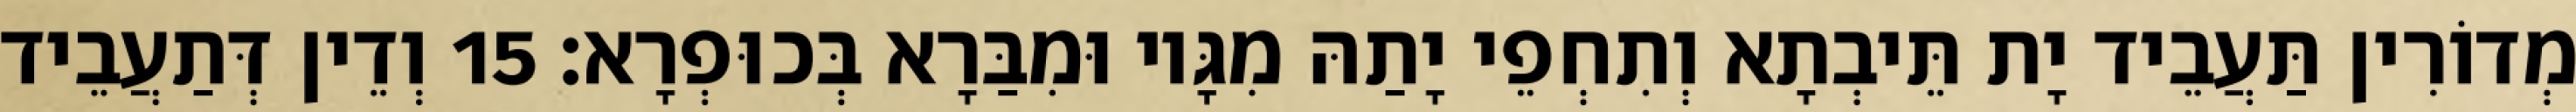
מְדוֹרִין תַּעֲבֵיד יָת תֵּיבְתָא וְתִחְפֵי יָתַהּ מִגָּיו וּמִבַּרָא בְּכוּפְרָא׃ 15 וְדֵין דְּתַעֲבֵיד